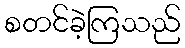
စတင်ခဲ့ကြသည်